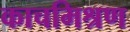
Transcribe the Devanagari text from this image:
काचमिश्रण